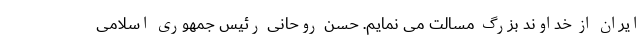
ایران از خداوند بزرگ مسالت می نمایم. حسن روحانی رئیس جمهوری اسلامی